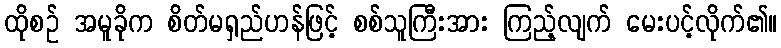
ထိုစဉ် အမူခိုက စိတ်မရှည်ဟန်ဖြင့် စစ်သူကြီးအား ကြည့်လျက် မေးပင့်လိုက်၏။